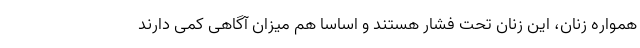
همواره زنان، این زنان تحت فشار هستند و اساسا هم میزان آگاهی کمی دارند